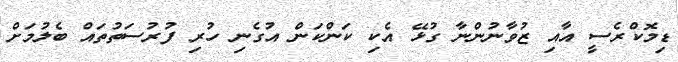
ޑިމޮކްރެސީ އާއި ޒުވާނުންނާ ގުޅޭ އެކި ކަންކަން އުގެނި ހުރި ފުރުސަތުތައް ބެލުމަށް